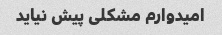
امیدوارم مشکلی پیش نیاید